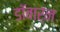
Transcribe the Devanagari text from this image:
डॉबार्न